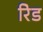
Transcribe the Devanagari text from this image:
रेिड